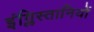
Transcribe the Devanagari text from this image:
इंग्लिस्तानियों